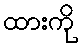
ထားကို